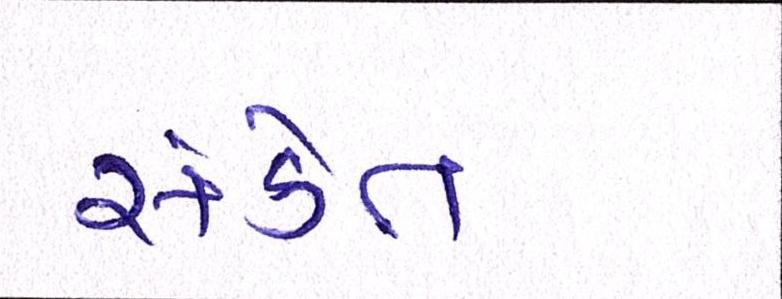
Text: સંકેત